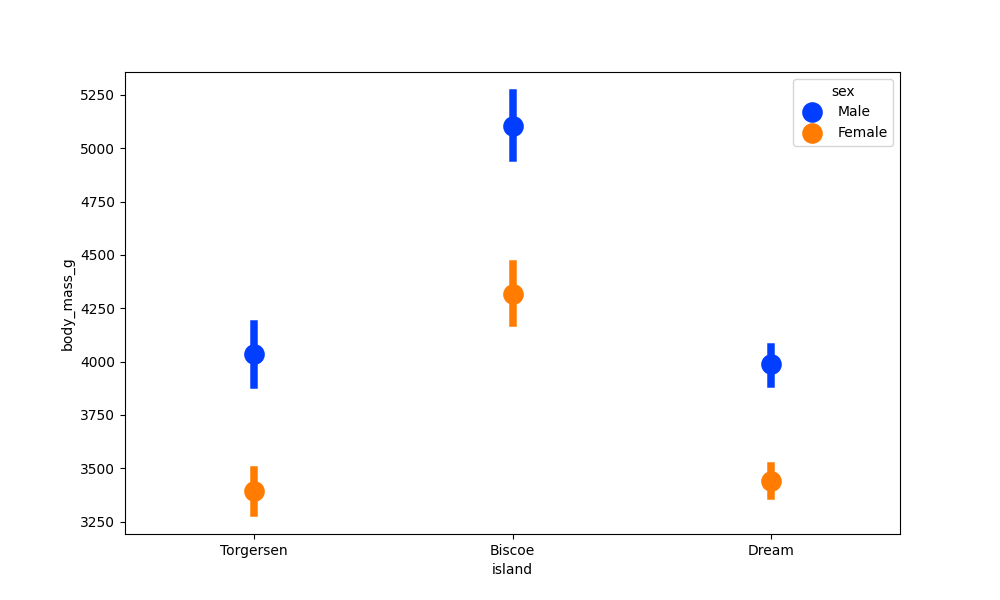
python, seaborn, pointplot, scale=2.0, join=False, hue='sex', palette='bright'